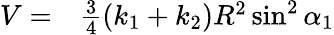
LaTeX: \begin{array}{rl}{V=}&{{}\frac{3}{4}(k_{1}+k_{2})R^{2}\sin^{2}\alpha_{1}}\end{array}